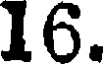
16.